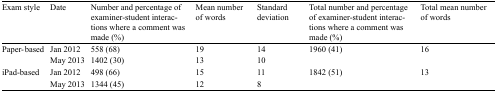
| Exam style | Date | Number and percentage of examiner-student interactions where a comment was made (%) | Mean number of words | Standard deviation | Total number and percentage of examiner-student interactions where a comment was made (%) | Total mean number of words |
 | --- | --- | --- | --- | --- | --- | --- |
 | <ROWSPAN=2> Paper- based | Jan 2012 | 558 (68) | 19 | 14 | <ROWSPAN=2> 1960 (41) | <ROWSPAN=2> 16 |
 | May 2013 | 1402 (30) | 13 | 10 |
 | <ROWSPAN=2> iPad-based | Jan 2012 | 498 (66) | 15 | 11 | <ROWSPAN=2> 1842 (51) | <ROWSPAN=2> 13 |
 | May 2013 | 1344 (45) | 12 | 8 |